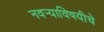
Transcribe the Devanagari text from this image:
नवर्‍याविषयीचे